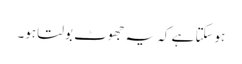
ہوسکتا ہے کہ یہ جھوٹ بولتا ہو۔